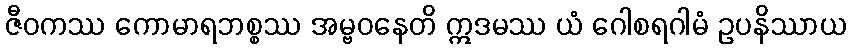
ဇီဝကဿ ကောမာရဘစ္စဿ အမ္ဗဝနေတိ ဣဒမဿ ယံ ဂေါစရဂါမံ ဥပနိဿာယ